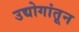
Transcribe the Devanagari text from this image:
उद्योगांतून